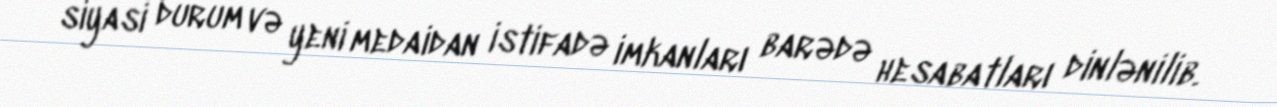
siyasi durum və yeni medaidan istifadə imkanları barədə hesabatları dinlənilib.